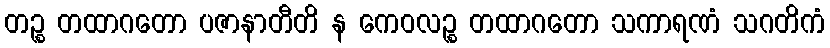
တဉ္စ တထာဂတော ပဇာနာတီတိ န ကေဝလဉ္စ တထာဂတော သကာရဏံ သဂတိကံ